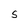
Character: s